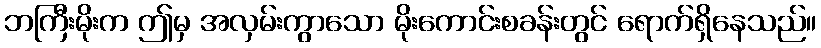
ဘကြီးမိုးက ဤမှ အလှမ်းကွာသော မိုးကောင်းစခန်းတွင် ရောက်ရှိနေသည်။